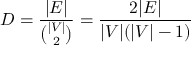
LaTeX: D = { \frac { | E | } { \binom { | V | } { 2 } } } = { \frac { 2 | E | } { | V | ( | V | - 1 ) } }